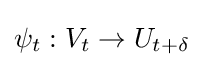
\psi _{t}:V_{t}\to U_{t+\delta }